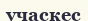
учаскес